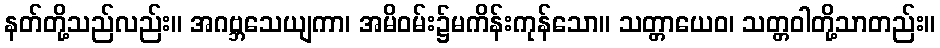
နတ်တို့သည်လည်း။ အဂဗ္ဘသေယျကာ၊ အမိဝမ်း၌မကိန်းကုန်သော။ သတ္တာယေဝ၊ သတ္တဝါတို့သာတည်း။